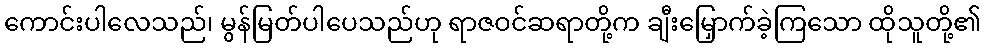
ကောင်းပါလေသည်၊ မွန်မြတ်ပါပေသည်ဟု ရာဇဝင်ဆရာတို့က ချီးမြှောက်ခဲ့ကြသော ထိုသူတို့၏